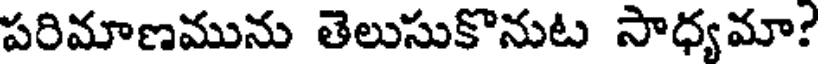
పరిమాణమును తెలుసుకొనుట సాధ్యమా?